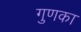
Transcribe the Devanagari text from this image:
गुणका